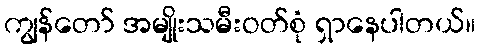
ကျွန်တော် အမျိုးသမီးဝတ်စုံ ရှာနေပါတယ်။